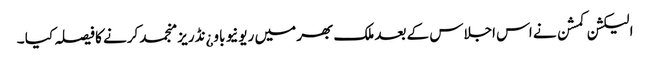
الیکشن کمشن نے اس اجلاس کے بعد ملک بھر میں ریونیو باو¿نڈریز منجمد کرنے کا فیصلہ کیا ۔